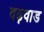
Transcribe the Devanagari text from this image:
वढ़वाड